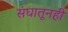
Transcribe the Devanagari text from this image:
संघातूनही